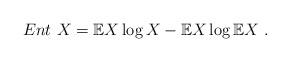
LaTeX: \begin{align*}Ent~X = \mathbb{E}X\log X - \mathbb{E}X \log \mathbb{E}X\ .\end{align*}